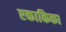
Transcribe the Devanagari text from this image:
एकाकिका